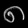
Digit: ၈